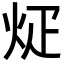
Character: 𪸢